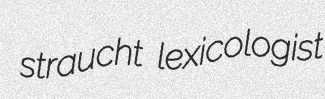
straucht lexicologist